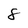
Character: 8